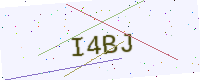
Text: I4BJ